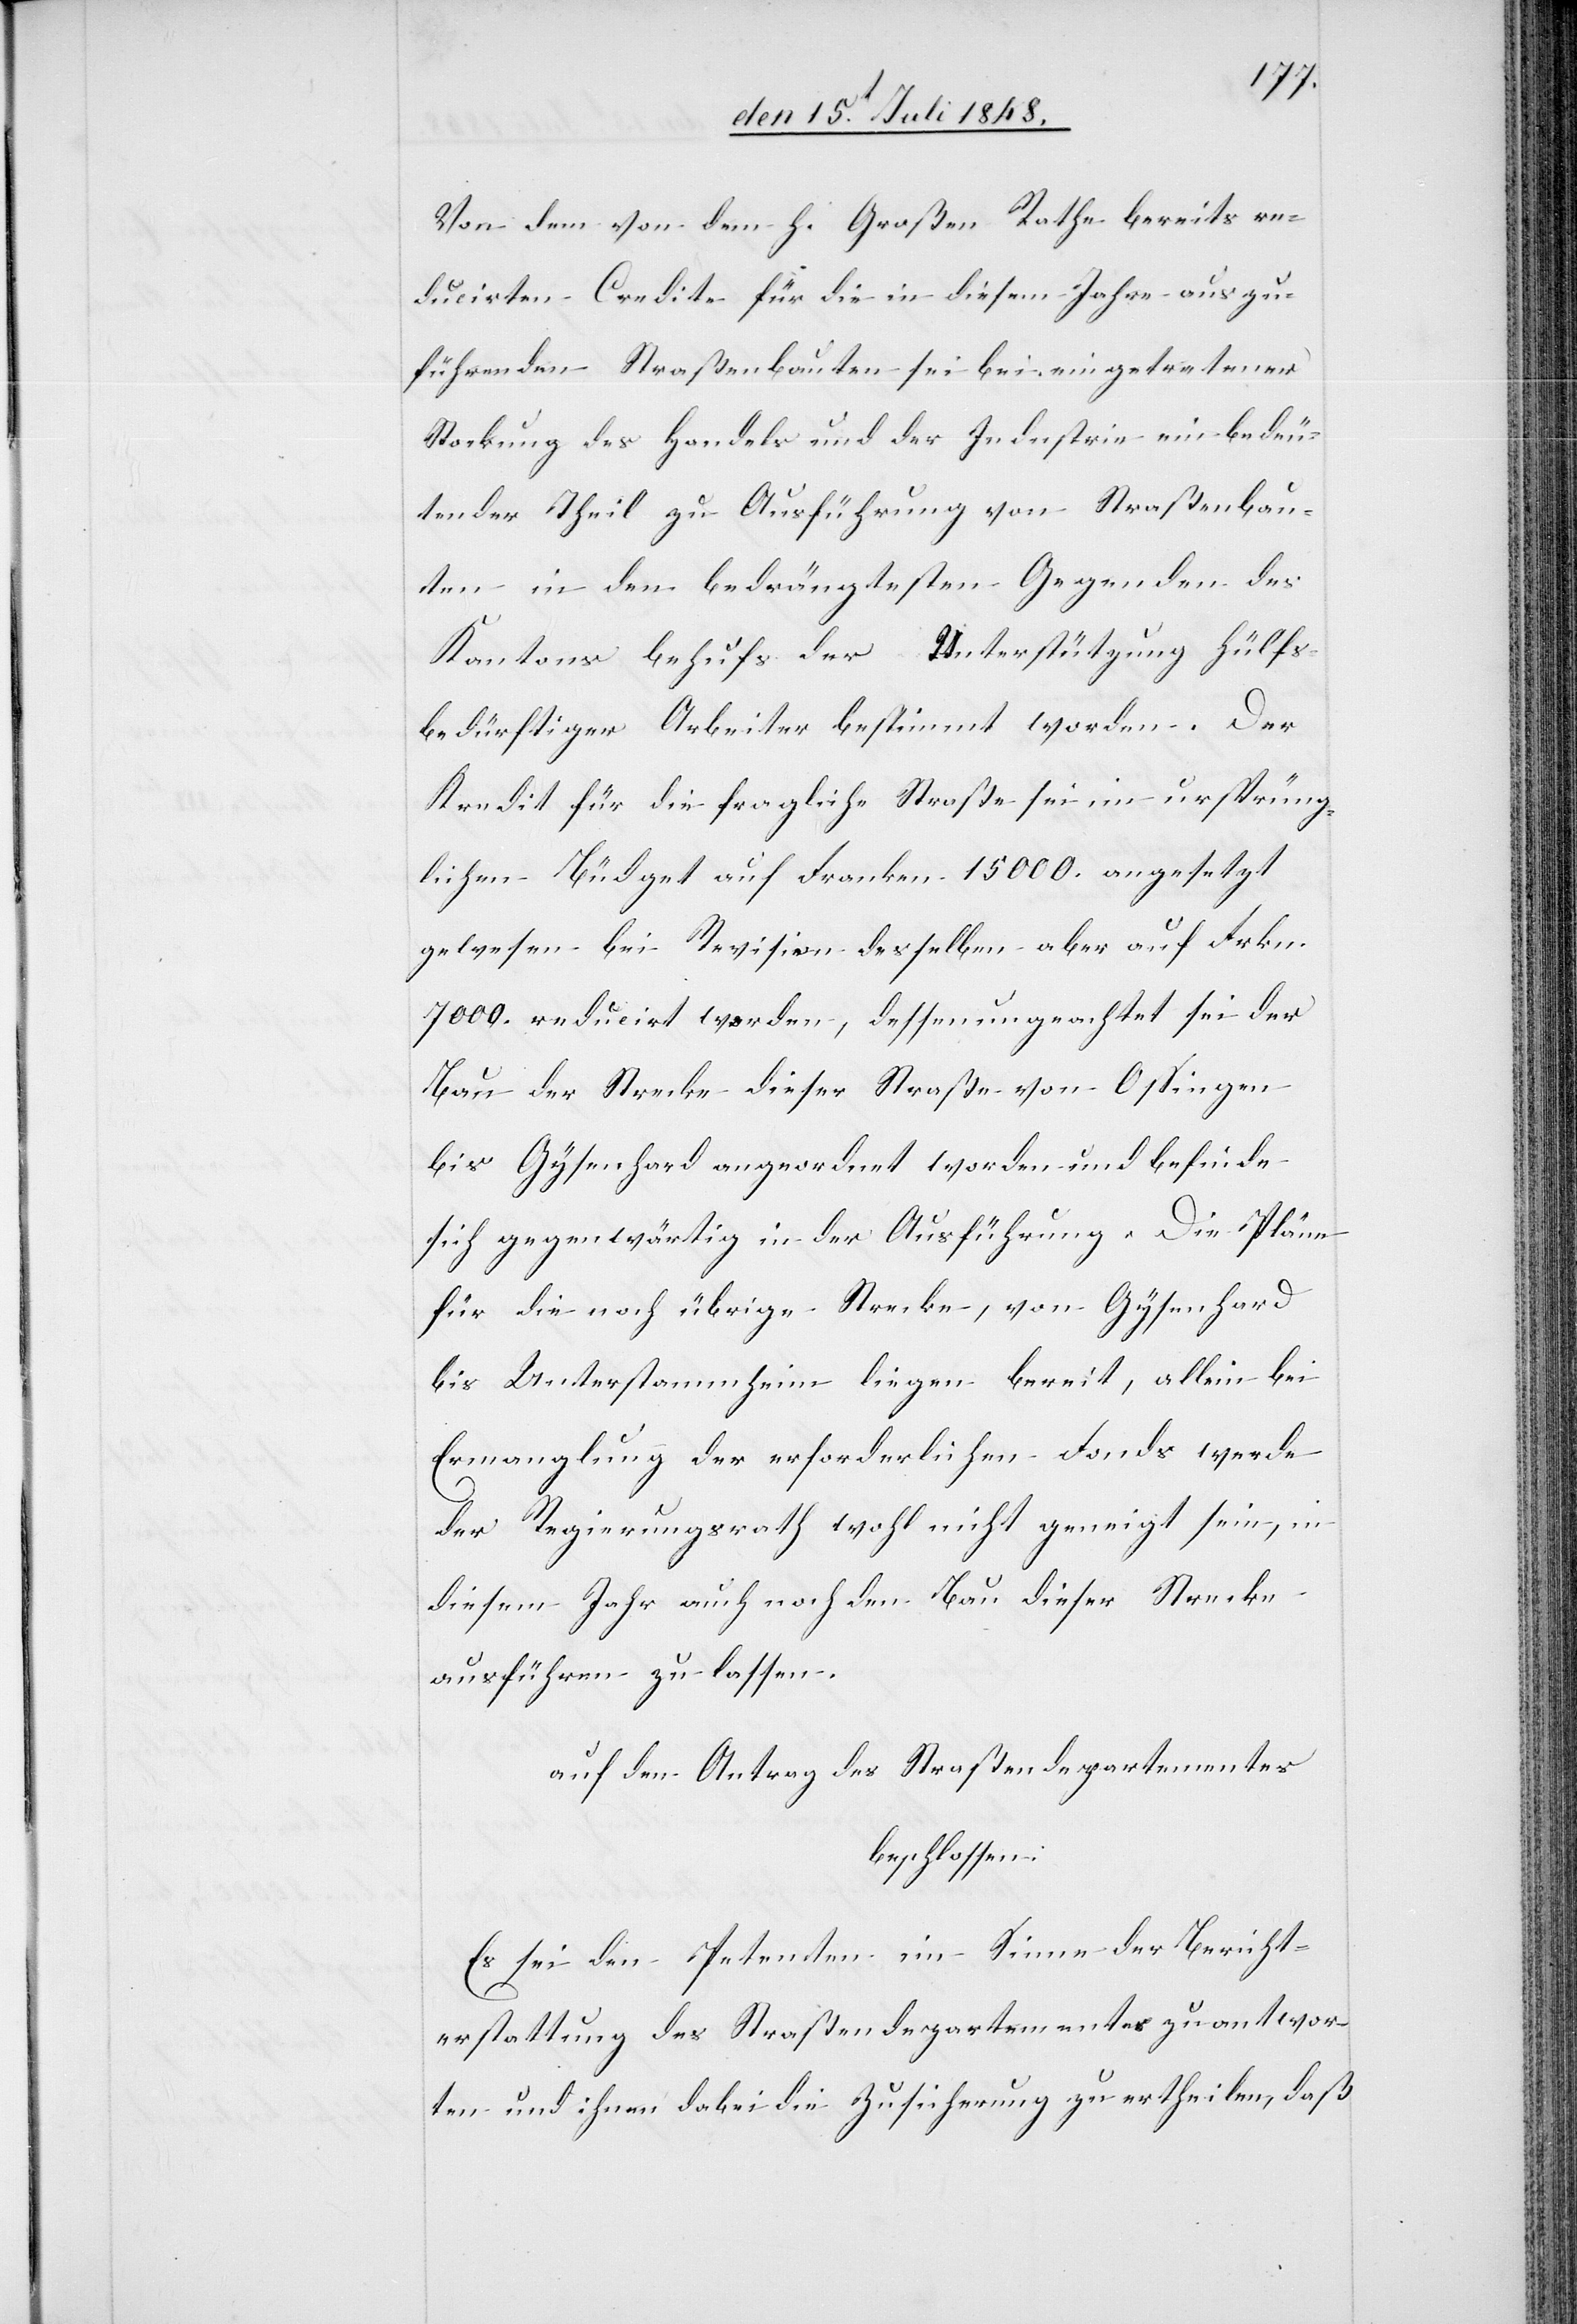
Von dem von dem h. Großen Rathe bereits re¬
ducirten Credite für die in diesem Jahre auszu¬
führenden Straßenbauten sei bei eingetretener
Stockung des Handels und der Industrie ein bedeu¬
tender Theil zu Ausführung von Straßenbau¬
ten in den bedrängtesten Gegenden des
Kantons behufs der Unterstützung hülfs¬
bedürftiger Arbeiter bestimmt worden. Der
Kredit für die fragliche Straße sei im ursprüng¬
lichen Büdget auf Franken 15000. angesetzt
gewesen bei Revision desselben aber auf Frkn.
7000. reducirt worden, dessen ungeachtet sei der
Bau der Strecke dieser Straße von Ossingen
bis Gysenhard angeordnet worden und befinde
sich gegenwärtig in der Ausführung. Die Pläne
für die noch übrige Strecke, von Gysenhard
bis Unterstammheim liegen bereit, allein bei
Ermanglung der erforderlichen Fonds werde
der Regierungsrath wohl nicht geneigt sein, in
diesem Jahr auch noch den Bau dieser Strecke
ausführen zu lassen.
auf den Antrag des Straßendepartementes
beschlossen:
Es sei den Petenten im Sinne der Bericht¬
erstattung des Straßendepartementes zu antwor¬
ten und ihnen dabei die Zusicherung zu ertheilen, daß